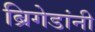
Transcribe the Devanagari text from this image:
ब्रिगेडांनी